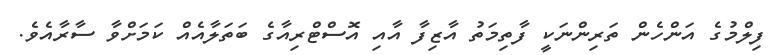
ފިލްމުގެ އަންހެން ތަރިންނަކީ ފާތިމަތު އާޒިފާ އާއި އޮސްޓްރިއާގެ ބަތަލާއެއް ކަމަށްވާ ސާރާއެވެ.